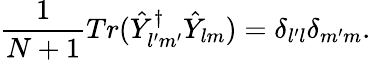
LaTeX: \frac{1}{N+1}Tr(\hat{Y}_{l^{\prime}m^{\prime}}^{\dagger}\hat{Y}_{lm})=\delta_{l^{\prime}l}\delta_{m^{\prime}m}.